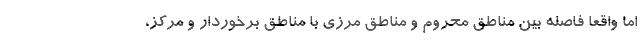
اما واقعا فاصله بین مناطق محروم و مناطق مرزی با مناطق برخوردار و مرکز،